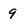
Character: 9